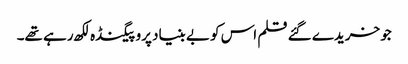
جو خریدے گئے قلم اس کو بے بنیاد پروپیگنڈہ لکھ رہے تھے۔